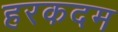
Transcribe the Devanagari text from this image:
हरकदम